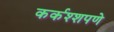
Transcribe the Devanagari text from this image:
कर्कश्शपणे